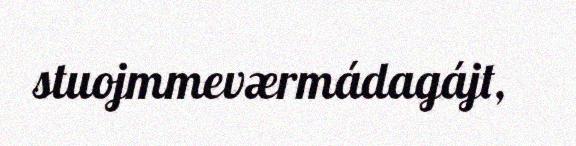
stuojmmeværmádagájt,